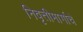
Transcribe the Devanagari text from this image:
निवृत्तीमार्गाचे